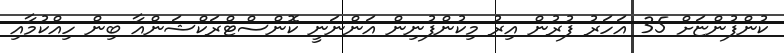
ކުންފުންޏަށް 35 އަހަރު ފުރުން އިރު މިކުންފުނިން އަންނަނީ ކޮންސްޓްރަކްޝަންއާ ބިން ހިއްކުމާއި